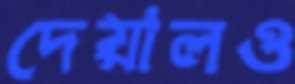
দেয়ালও